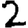
Digit: 2